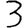
Digit: 3